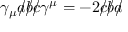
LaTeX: \gamma _ { \mu } { a \! \! \! / } { b \! \! \! / } { c \! \! \! / } \gamma ^ { \mu } = - 2 { c \! \! \! / } { b \! \! \! / } { a \! \! \! / }